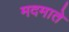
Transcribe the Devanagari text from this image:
मदमाते